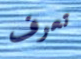
تعرف